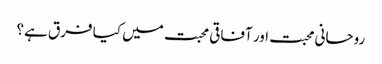
روحانی محبت اور آفاقی محبت میں کیا فرق ہے؟